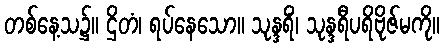
တစ်နေ့သ၌။ ဌိတံ၊ ရပ်နေသော။ သုန္ဒရိံ၊ သုန္ဒရီပရိဗိုဇ်မကို။